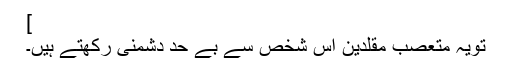
]
تویہ متعصّب مقلدین اس شخص سے بے حد دشمنی رکھتے ہیں۔